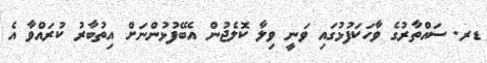
ޑރ. ސައްތާރުގެ ވާހަކަފުޅުގައި ވަނީ ވިލާ ކޮލެޖުން އެބޭފުޅުންނަށް އިތުބާރު ކުރައްވާ އެ